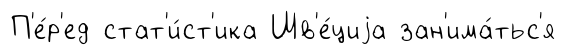
П'е́р'ед стат'и́ст'ика Шв'е́циjа зан'има́тьс'я